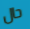
حال